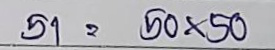
51 = 50 x 50